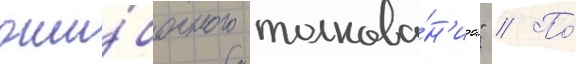
оши́бочного толкова́н'иа" // По́